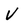
Character: V